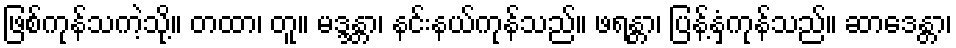
ဖြစ်ကုန်သကဲ့သို့။ တထာ၊ တူ။ မဒ္ဒန္တာ၊ နင်းနယ်ကုန်သည်။ ဖရန္တာ၊ ပြန့်နှံ့ကုန်သည်။ ဆာဒေန္တာ၊